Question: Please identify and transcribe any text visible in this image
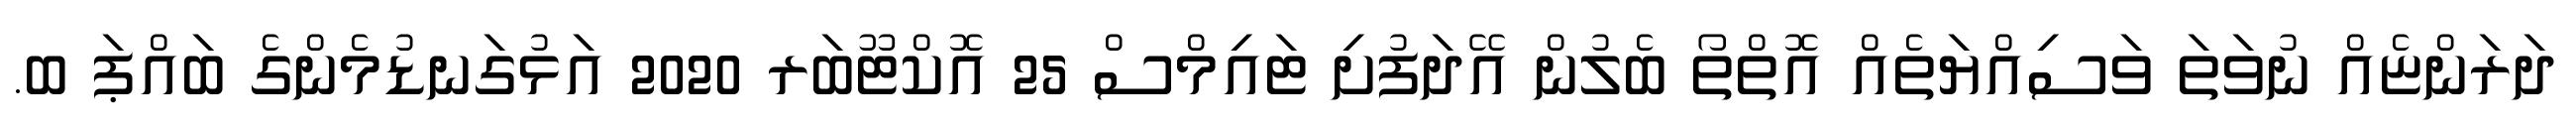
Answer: ދަރަންޏެއް ނުވަތަ ވަސިއްޔަތެއް އޮތްތޯ ބެލުން އޭދަފުށި ޓައިމްސް 25 އޮކްޓޫބަރ 2020 އަޅުގަނޑުމެންގެ ބައްޕަ ބ.